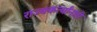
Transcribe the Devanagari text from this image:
राज्यकर्त्यांनाही